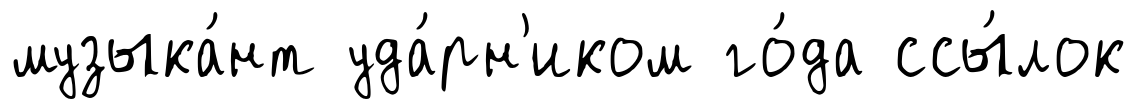
музыка́нт уда́рн'иком го́да ссы́лок